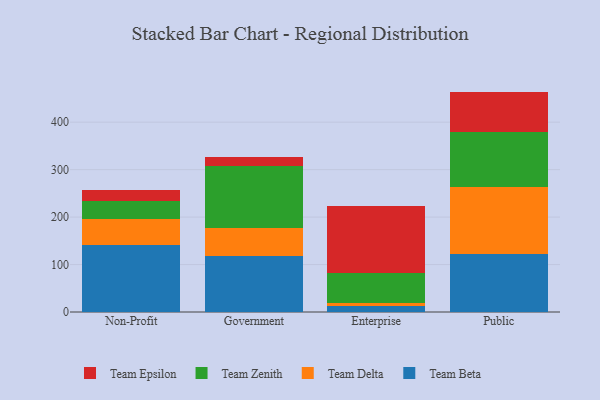
{"axis": {"x": "Segment", "y": "Conversion Rate (%)"}, "legend": ["Team Beta", "Team Delta", "Team Epsilon", "Team Zenith"], "data": [{"x": "Non-Profit", "y": 140.2, "type": "Team Beta"}, {"x": "Non-Profit", "y": 56.5, "type": "Team Delta"}, {"x": "Non-Profit", "y": 37.3, "type": "Team Zenith"}, {"x": "Non-Profit", "y": 22.3, "type": "Team Epsilon"}, {"x": "Government", "y": 117.5, "type": "Team Beta"}, {"x": "Government", "y": 59.5, "type": "Team Delta"}, {"x": "Government", "y": 130.6, "type": "Team Zenith"}, {"x": "Government", "y": 18.2, "type": "Team Epsilon"}, {"x": "Enterprise", "y": 12.5, "type": "Team Beta"}, {"x": "Enterprise", "y": 6.6, "type": "Team Delta"}, {"x": "Enterprise", "y": 62.9, "type": "Team Zenith"}, {"x": "Enterprise", "y": 141.3, "type": "Team Epsilon"}, {"x": "Public", "y": 122.7, "type": "Team Beta"}, {"x": "Public", "y": 141.4, "type": "Team Delta"}, {"x": "Public", "y": 115.2, "type": "Team Zenith"}, {"x": "Public", "y": 85.1, "type": "Team Epsilon"}]}